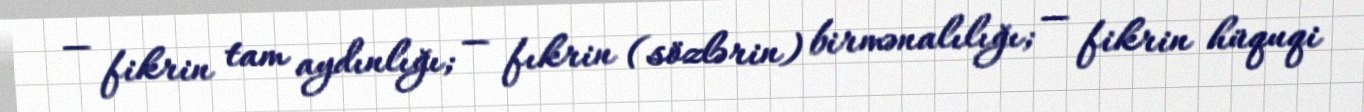
— fikrin tam aydınlığı; — fıkrin (sözlərin) birmənalılığı; — fikrin hüquqi